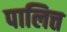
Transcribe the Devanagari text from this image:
पालित्त